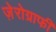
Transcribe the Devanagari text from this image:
ज़ेरोग्राफी